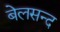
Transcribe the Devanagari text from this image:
बेलसन्द